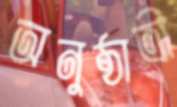
অনুষ্ঠাত্রী